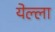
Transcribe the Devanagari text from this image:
येल्ला